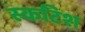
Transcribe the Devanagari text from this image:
स्कटिश